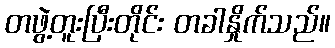
တဖွဲ့တူးပြီးတိုင်း တခါနှိုက်သည်။